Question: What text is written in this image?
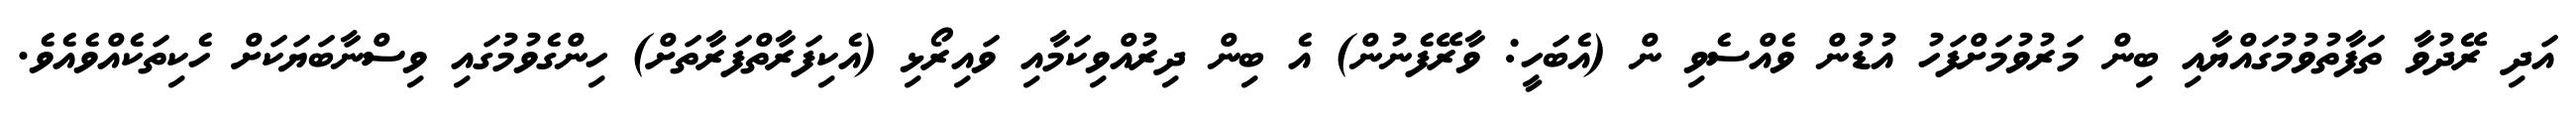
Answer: އަދި ރޭދުވާ ތަފާތުވުމުގައްޔާއި ބިން މަރުވުމަށްފަހު އުޑުން ވެއްސެވި ން (އެބަހީ: ވާރޭފެނުން) އެ ބިން ދިރުއްވިކަމާއި ވައިރޯޅި (އެކިފަރާތްފަރާތަށް) ހިންގެވުމުގައި ވިސްނާބަޔަކަށް ހެކިތަކެއްވެއެވެ.